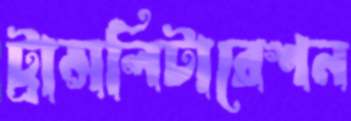
ট্রান্সলিটারেশন